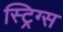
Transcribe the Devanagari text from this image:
स्ट्रिग्स